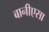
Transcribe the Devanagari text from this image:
बानीएसा